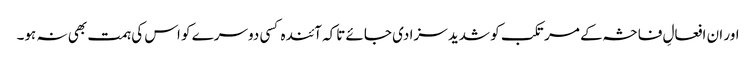
اور ان افعالِ فاحشہ کے مرتکب کو شدید سزا دی جائے تاکہ آئندہ کسی دوسرے کو اس کی ہمت بھی نہ ہو۔